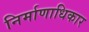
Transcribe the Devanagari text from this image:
निर्माणाधिकार